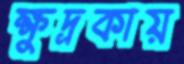
ক্ষুদ্রকায়